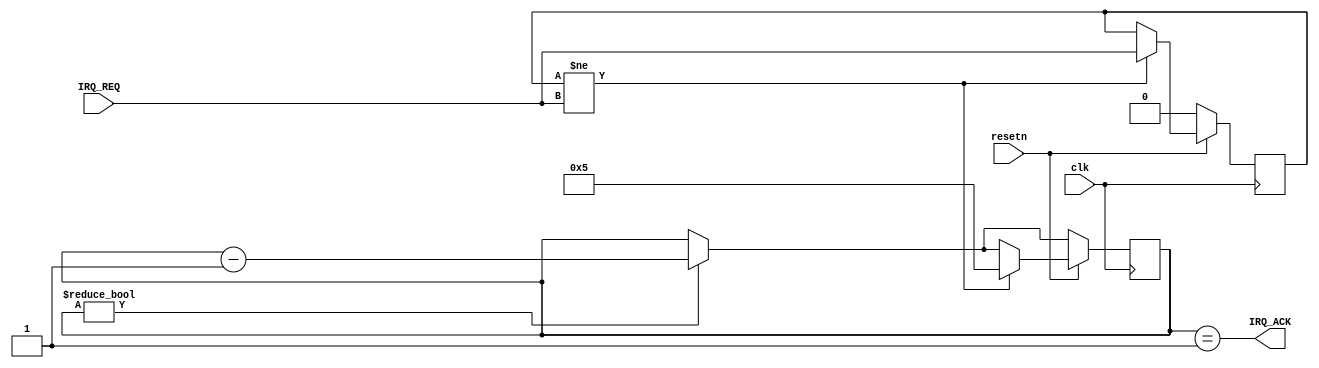


module sim_pci_bridge
(
    input clk, resetn,

    input IRQ_REQ,

    output IRQ_ACK
);

reg previous_irq_req;
reg[31:0] counter;

assign IRQ_ACK = (counter == 1);

always @(posedge clk) begin
    
    if (counter) counter <= counter - 1;

    if (resetn == 0) 
        previous_irq_req <= 0;
    else if (previous_irq_req != IRQ_REQ) begin
        counter <= 5;
        previous_irq_req <= IRQ_REQ;
    end


end


endmodule